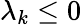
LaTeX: \lambda_{k}\leq 0